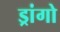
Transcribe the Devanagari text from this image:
ड्रांगो